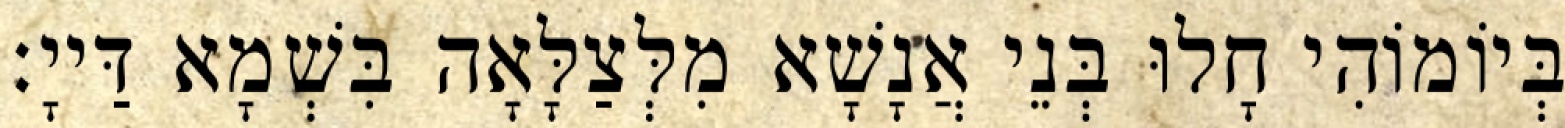
בְּיוֹמוֹהִי חָלוּ בְּנֵי אֲנָשָׁא מִלְּצַלָּאָה בִּשְׁמָא דַּייָ׃